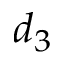
d _ { 3 }